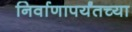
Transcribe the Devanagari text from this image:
निर्वाणापर्यंतच्या